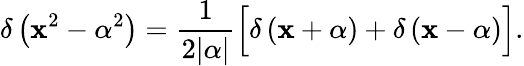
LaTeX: \delta\left(\mathbf{x}^{2}-\alpha^{2}\right)={\frac{{1}}{{2|\alpha|}}}{\Big[}\delta\left(\mathbf{x}+\alpha\right)+\delta\left(\mathbf{x}-\alpha\right){\Big]}.